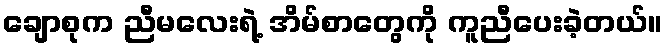
ချောစုက ညီမလေးရဲ့ အိမ်စာတွေကို ကူညီပေးခဲ့တယ်။